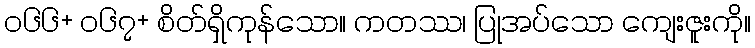
၀၆၆+ ၀၆၇+ စိတ်ရှိကုန်သော။ ကတဿ၊ ပြုအပ်သော ကျေးဇူးကို။